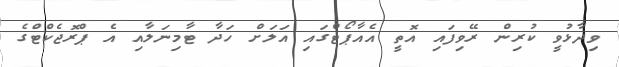
ވިދާޅުވީ ކުރިން ރޭވިފައި އޮތީ އެއާޕޯޓްގައި އަލަށް ހަދާ ޓާމިނަލާއި އެ ޕްރޮޖެކްޓްގެ